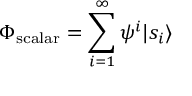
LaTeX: \Phi _ { \mathrm { s c a l a r } } = \sum _ { i = 1 } ^ { \infty } \psi ^ { i } | s _ { i } \rangle